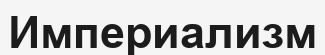
Империализм